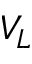
V _ { L }